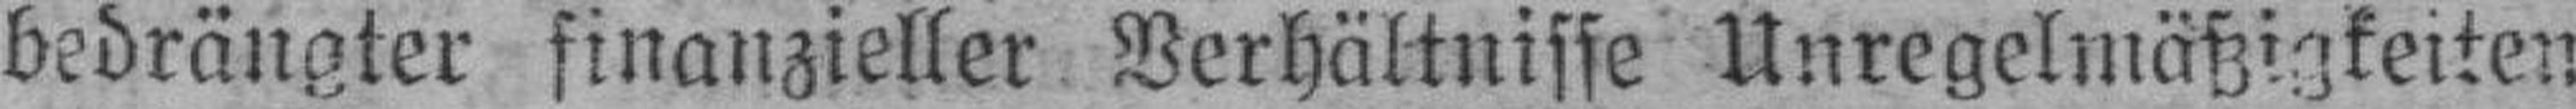
bedrängter finanzieller Verhältnisse Unregelmäßigkeiten